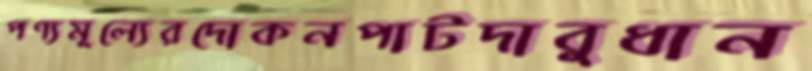
পণ্যমূল্যেরদোকনপাটদাবুধান